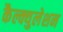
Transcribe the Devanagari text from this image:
कैल्क्युलेशन